Lunatic asylums United Provinces 1909-1921 - 1909-1921
Year: 1909
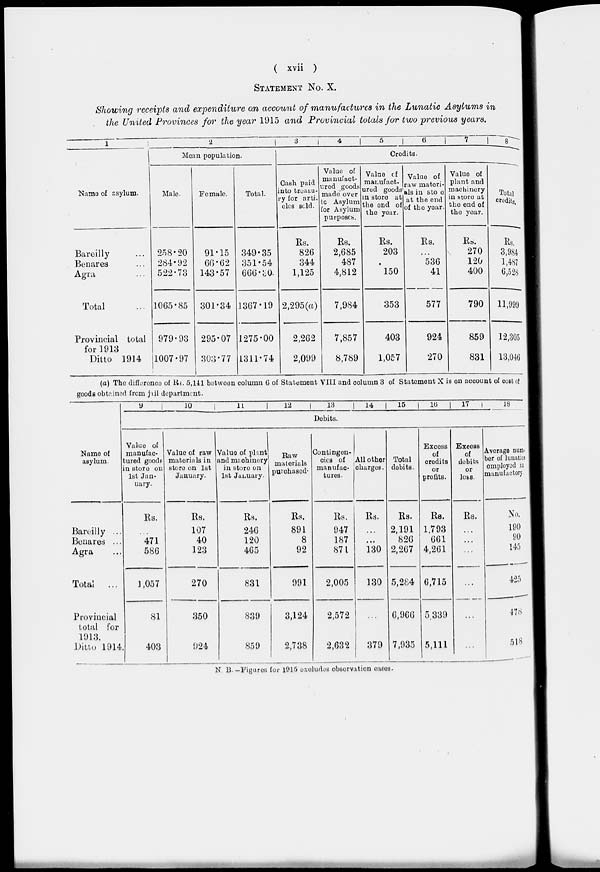
( xvii )
STATEMENT No. X.
Showing receipts and expenditure on account of manufactures in the Lunatic Asylums in
the United Provinces for the year 1915 and Provincial totals for two previous years.
1
Name of asylum.
Bareilly ...
Benares ...
Agra ...
Total ...
Provincial total
for 1913
Ditto 1914
2
Mean population.
Male.
258.20
284.92
522.73
1065.85
979.93
1007.97
Female.
91.15
66.62
143.57
301.34
295.07
303.77
Total.
349.35
351.54
666.30
1367.19
1275.00
1311.74
3
4
5
6
7
8
Credits.
Cash paid
into treasu-
ry for arti-
cles sold.
Rs.
826
344
1,125
2,295(a)
2,262
2,099
Value of
manufact-
ured goods
made over
to Asylum
for Asylum
purposes.
Rs.
2,685
487
4,812
7,984
7,857
8,789
Value of
manufact-
ured goods
in store at
the end of
the year.
Rs.
203
...
150
353
403
1,057
Value of
raw materi-
als in store
at the end
of the year.
Rs.
...
536
41
577
924
270
Value of
plant and
machinery
in store at
the end of
the year.
Rs.
270
120
400
790
859
831
Total
credits.
Rs.
3,984
1,487
6,528
11,999
12,305
13,046
(a) The difference of Rs. 5,141 between column 6 of Statement VIII and column 3 of Statement X is on account of cost of
goods obtained from jail department.
Name of
asylum.
Bareilly ...
Benares ...
Agra ...
Total
...
Provincial
total for
1913.
Ditto 1914.
9
10
11
12
13
14
15
16
17
18
Debits.
Value of
manufac-
tured goods
in store on
1st Jan-
uary.
Rs.
...
471
586
1,057
81
403
Value of raw
materials in
store on 1st
January.
Rs.
107
40
123
270
350
924
Value of plant
and machinery
in store on
1st January.
Rs.
246
120
465
831
839
859
Raw
materials
purchased.
Rs.
891
8
92
991
3,124
2,738
Contingen-
cies of
manufac-
tures.
Rs.
947
187
871
2,005
2,572
2,632
All other
charges.
Rs.
...
...
130
130
...
379
Total
debits.
Rs.
2,191
826
2,267
5,284
6,966
7,935
Excess
of
credits
or
profits.
Rs.
1,793
661
4,261
6,715
5,339
5,111
Excess
of
debits
or
loss.
Rs.
...
...
...
...
...
...
Average num-
ber of lunatic
employed in
manufactory
No.
190
90
145
425
478
518
N. B.-Figures for 1915 excludes observation cases.